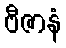
ဗီဇာနံ